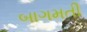
બાગમતી